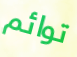
توائم